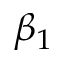
\beta _ { 1 }